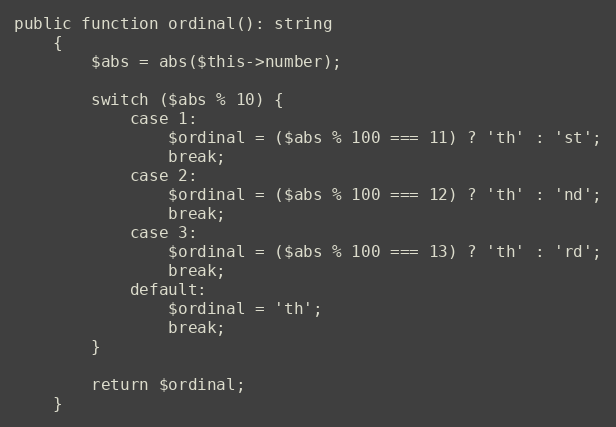
Language: PHP
public function ordinal(): string
    {
        $abs = abs($this->number);

        switch ($abs % 10) {
            case 1:
                $ordinal = ($abs % 100 === 11) ? 'th' : 'st';
                break;
            case 2:
                $ordinal = ($abs % 100 === 12) ? 'th' : 'nd';
                break;
            case 3:
                $ordinal = ($abs % 100 === 13) ? 'th' : 'rd';
                break;
            default:
                $ordinal = 'th';
                break;
        }

        return $ordinal;
    }